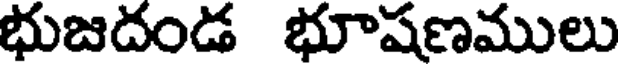
భుజదండ భూషణములు